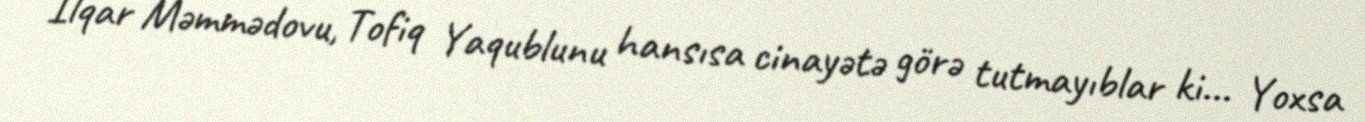
İlqar Məmmədovu, Tofiq Yaqublunu hansısa cinayətə görə tutmayıblar ki... Yoxsa